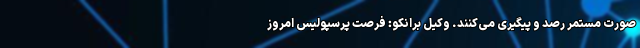
صورت مستمر رصد و پیگیری می‌کنند. وکیل برانکو: فرصت پرسپولیس امروز